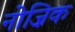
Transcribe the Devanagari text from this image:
नोज़िक